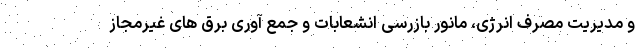
و مدیریت مصرف انرژی، مانور بازرسی انشعابات و جمع آوری برق های غیرمجاز